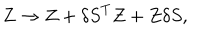
Z \rightarrow Z + { \delta S } ^ { T } Z + Z \delta S ,